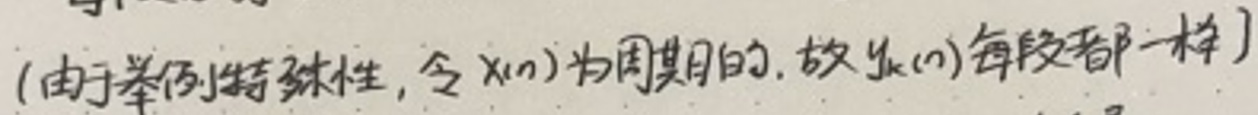
(由于举例特殊性, 令 $x(n)$ 为周期的, 故 $y_k(n)$ 每段都一样)